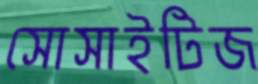
সোসাইটিজ